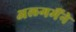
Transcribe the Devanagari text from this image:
अलगमैंने